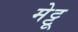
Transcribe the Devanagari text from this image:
मेट्टू